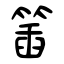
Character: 𥯥